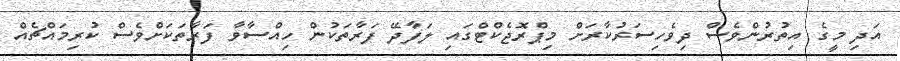
އަދި މީގެ އިތުރުންވެސް ދިވެހިސަރުކާރަށް މިޕްރޮޖެކްޓްގައި ލަފާދޭ ފަރާތަކުން ހިއްސާވާ ފަރާތަކަށްވެސް ކުރިމައްޗެއް